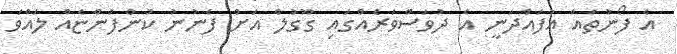
އެ ފޯނުތައް އުފައްދަނީ އެ ދުވަސްވަރެއްގައި ގޫގުލް އަށް ފެނުނު ކުންފުންޏެއް ލައްވަ